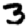
Digit: 3